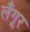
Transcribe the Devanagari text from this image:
लँगूर